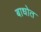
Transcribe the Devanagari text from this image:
बाधोत